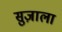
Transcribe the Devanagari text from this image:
सुज़ाला